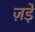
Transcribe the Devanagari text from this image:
ज़ड़े